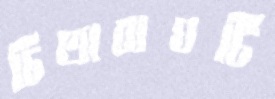
চিতাবাঘটি